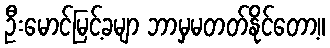
ဦးမောင်မြင့်ခမျာ ဘာမှမတတ်နိုင်တော့။